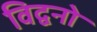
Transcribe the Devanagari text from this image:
विद्वनो